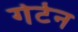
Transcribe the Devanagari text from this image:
गेर्टन